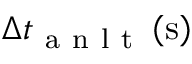
\Delta t _ { \mathrm { ~ a ~ n ~ l ~ t ~ } } \left( \mathrm { s } \right)